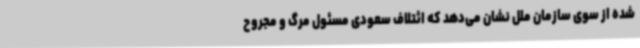
شده از سوی سازمان ملل نشان می‌دهد که ائتلاف سعودی مسئول مرگ و مجروح